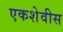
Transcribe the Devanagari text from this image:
एकशेवीस